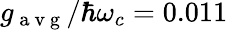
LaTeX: g_{\mathrm{~a~v~g~}}/\hbar\omega_{c}=0.011